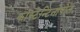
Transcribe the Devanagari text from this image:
कांस्टेन्टिनोपोल